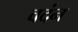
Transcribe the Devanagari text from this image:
वदंन